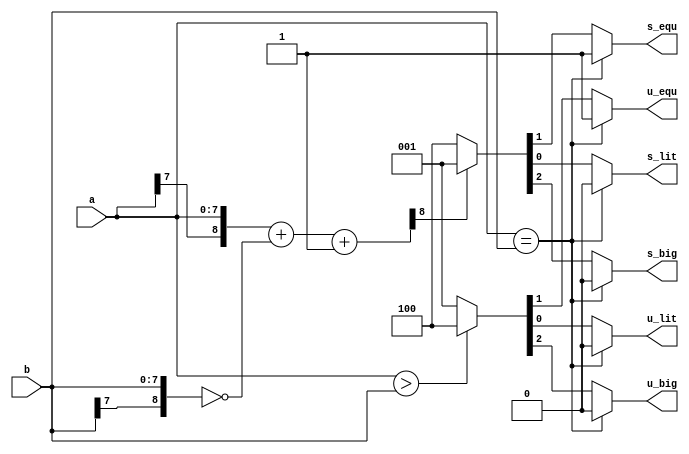
`timescale 1ns / 1ps
//////////////////////////////////////////////////////////////////////////////////
// Company: 
// Engineer: 
// 
// Design Name: 
// Module Name: CMP
// Project Name: 
// Target Devices: 
// Tool Versions: 
// Description: 
// 
// Dependencies: 
// 
// Revision:
// Revision 0.01 - File Created
// Additional Comments:
// 
//////////////////////////////////////////////////////////////////////////////////


module CMP(
    input [7:0]a,b,
    output reg u_big,u_equ,u_lit,
    output reg s_big,s_equ,s_lit
    );
    
    reg [8:0]tmp;
    always @ (*)
    begin
        if (a==b)
            {u_big,u_equ,u_lit}=3'b010;
        else if (a>b)
            {u_big,u_equ,u_lit}=3'b100;
        else
            {u_big,u_equ,u_lit}=3'b001;
    end
    
    always @ (*)
    begin
        if (a==b)
            {s_big,s_equ,s_lit}=3'b010;
        else
        begin
            tmp={a[7],a}+~{b[7],b}+1;
            if (tmp[8]==0)
                {s_big,s_equ,s_lit}=3'b100;
            else
                {s_big,s_equ,s_lit}=3'b001;
        end
            
    end
endmodule